Source: Handwritten
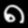
Digit: ၈ (8)